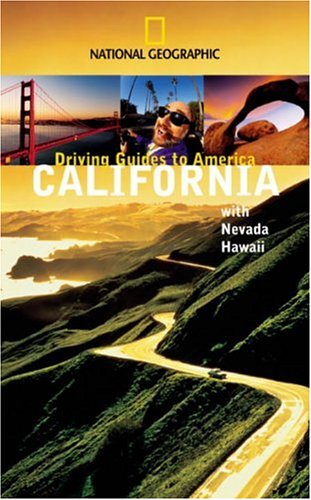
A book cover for National Geographic Driving Guide to America, California (NG Driving Guides); Jerry Camarillo Dunn; Travel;